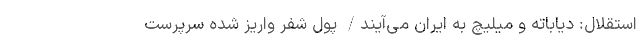
استقلال: دیاباته و میلیچ به ایران می‌آیند/ پول شفر واریز شده سرپرست